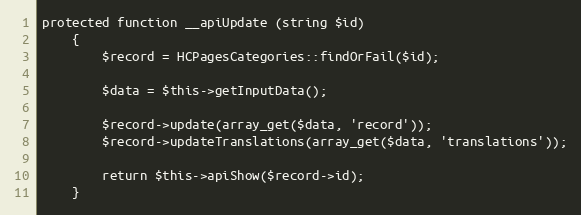
Language: PHP
protected function __apiUpdate (string $id)
    {
        $record = HCPagesCategories::findOrFail($id);

        $data = $this->getInputData();

        $record->update(array_get($data, 'record'));
        $record->updateTranslations(array_get($data, 'translations'));

        return $this->apiShow($record->id);
    }